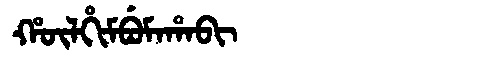
Manchu: ᡥᡡᠯᡥᡳᠮᠪᡠᠮᠠᡥᠠᠪᡳ
Romanization: HŪLHIMBUMAHABI